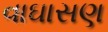
વાઘાસણ